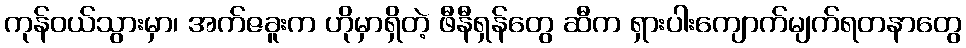
ကုန်ဝယ်သွားမှာ၊ အက်ဇခူးက ဟိုမှာရှိတဲ့ ဖီနီရှန်တွေ ဆီက ရှားပါးကျောက်မျက်ရတနာတွေ